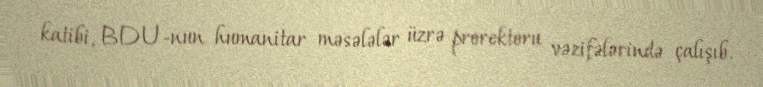
katibi, BDU-nun humanitar məsələlər üzrə prorektoru vəzifələrində çalışıb.